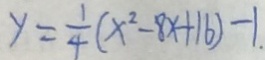
y = \frac { 1 } { 4 } ( x ^ { 2 } - 8 x + 1 6 ) - 1